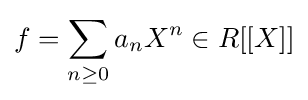
f=\sum _{n\geq 0}a_{n}X^{n}\in R[[X]]